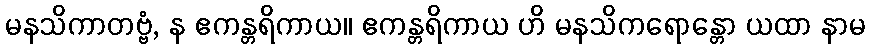
မနသိကာတဗ္ဗံ, န ဧကန္တရိကာယ။ ဧကန္တရိကာယ ဟိ မနသိကရောန္တော ယထာ နာမ